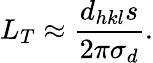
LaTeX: L_{T}\approx\frac{d_{hkl}s}{2\pi\sigma_{d}}.